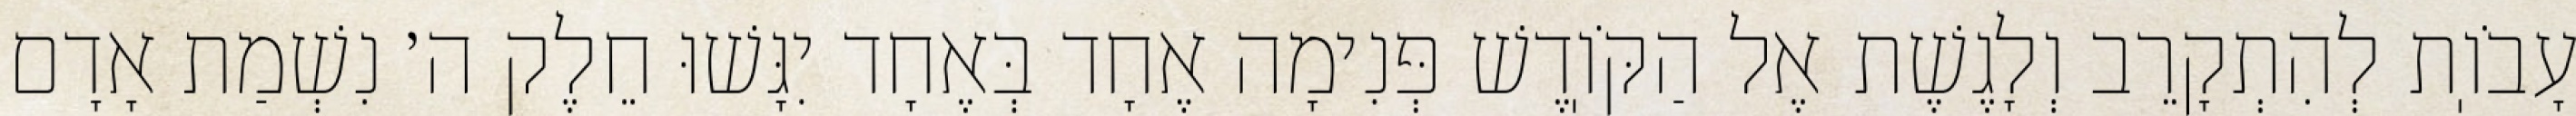
עָבֹוֽת לְהִתְקָרֵב וְלָגֶשֶׁת אֶל הַקֹּוֽדֶשׁ פְּנִימָה אֶחָד בְּאֶחָד יִגָּשׁוּ חֵלֶק ה׳ נִשְׁמַת אָדָם